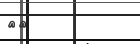
٢٨